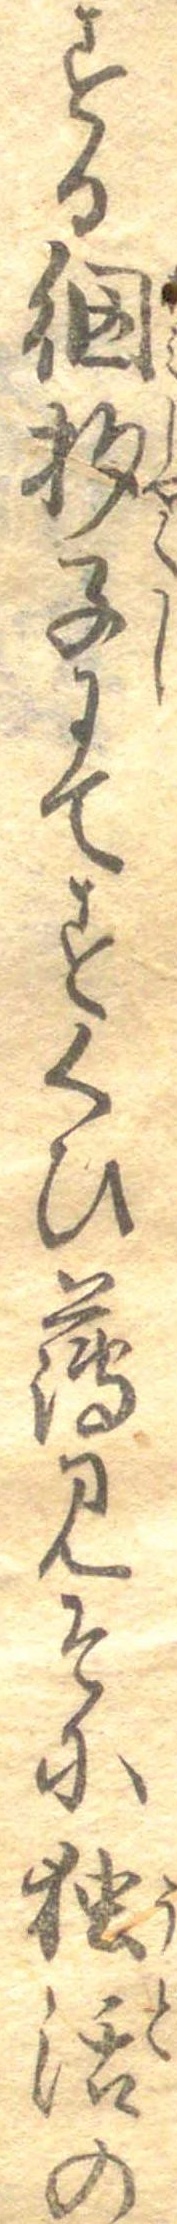
する網杓子にてすくひ薄みそに独活の